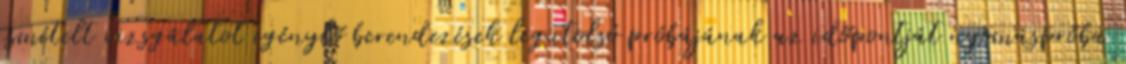
ismételt vizsgálatot igénylõ berendezések legutolsó próbájának az idõpontját nyomáspróba